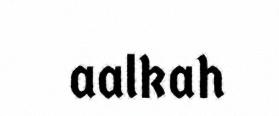
aalkah